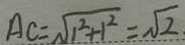
A C = \sqrt { 1 ^ { 2 } + 1 ^ { 2 } } = \sqrt { 2 }